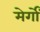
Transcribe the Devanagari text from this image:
मेर्गों